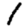
Digit: 1